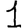
Digit: 1